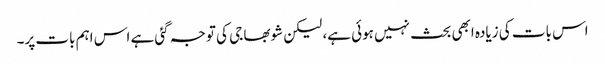
اس بات کی زیادہ ابھی بحث نہیں ہوئی ہے، لیکن شوبھا جی کی توجہ گئی ہے اس اہم بات پر۔